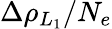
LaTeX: \Delta\rho_{L_{1}}/N_{e}